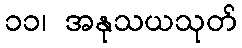
၁၁၊ အနုသယသုတ်